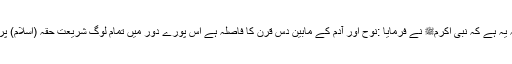
اس کا خلاصہ یہ ہے کہ نبی اکرمﷺ نے فرمایا :نوح اور آدم کے مابین دس قرن کا فاصلہ ہے اس پورے دور میں تمام لوگ شریعت حقہ (اسلام) پر گامزن تھے۔